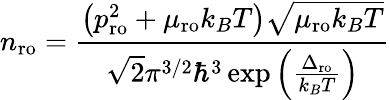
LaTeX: n_{\mathrm{ro}}=\frac{\left(p_{\mathrm{ro}}^{2}+\mu_{\mathrm{ro}}k_{B}T\right)\sqrt{\mu_{\mathrm{ro}}k_{B}T}}{\sqrt{2}\pi^{3/2}\hbar^{3}\exp\left(\frac{\Delta_{\mathrm{ro}}}{k_{B}T}\right)}